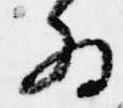
為